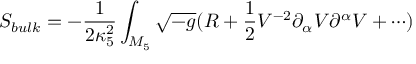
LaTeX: S _ { b u l k } = - \frac { 1 } { 2 \kappa _ { 5 } ^ { 2 } } \int _ { M _ { 5 } } { \sqrt { - g } ( R + \frac { 1 } { 2 } V ^ { - 2 } \partial _ { \alpha } V \partial ^ { \alpha } V + \cdots ) }